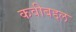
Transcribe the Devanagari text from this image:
कवीबद्दल